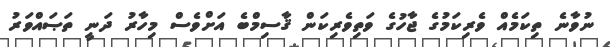
ނުވާނެ ތިކަމެއް ވެރިކަމުގެ ޖާހުގެ ވަތިވެރިކަން ޤާސިމްބެ އަށްވެސް މިހާރު ދަނީ ތަޞައްވަރު